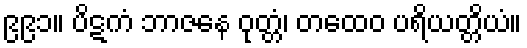
၉၉၁။ ပိဋကံ ဘာဇနေ ဝုတ္တံ၊ တထေဝ ပရိယတ္တိယံ။